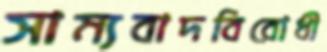
সাম্যবাদবিরোধী